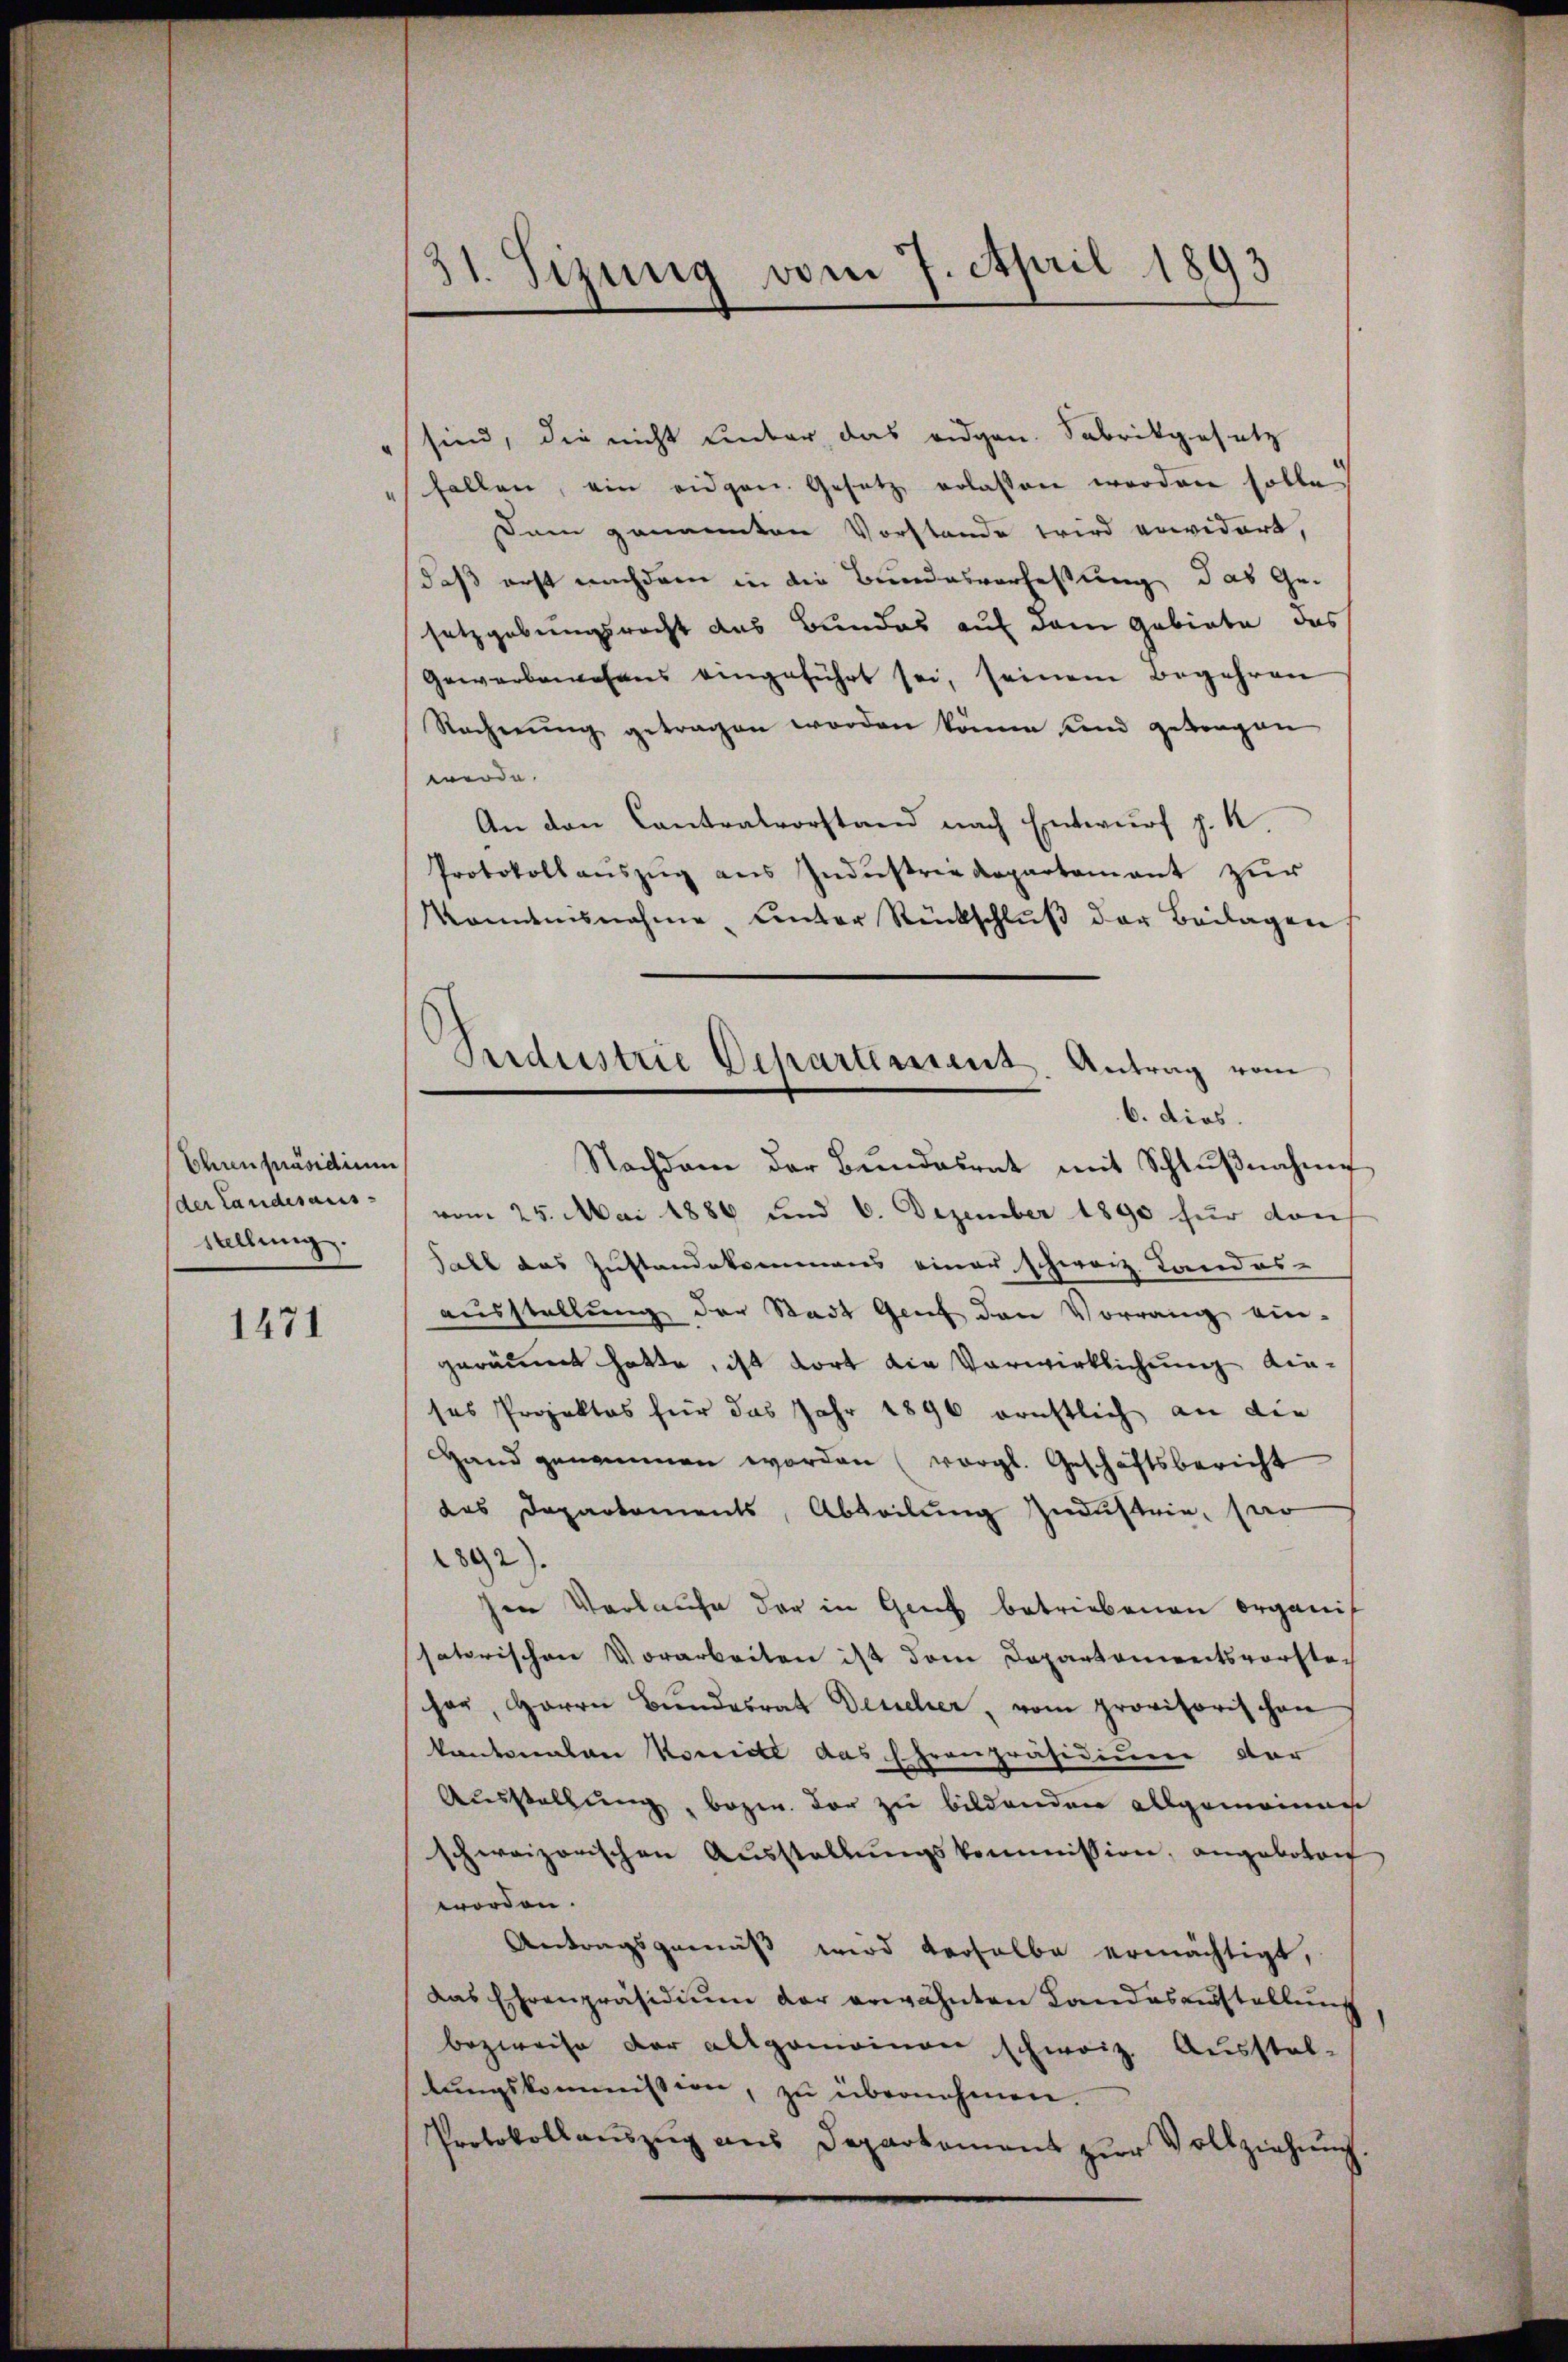
Ehren Präsidium
der Landesausstellung.

1471

31. Sizung vom 7. April 1893

sind, die nicht ember das eidgen. Fabrikgesetz
fallen, ein eidgen. Gesetz erlassen worden solle
Dem genannten Vorstande wird voridert,
daß erst nachdem in die Bundesverfassung das Ge-
setzgebungsrecht das Bundes auf dem Gebiete, das
Gewerbenesens eingeführt sei, seinem Begehren
Rechnŭng getragen worden könne und getragen
werde.
An den Cantralvorstand nach Entwurf p. K.
Protokollaŭszŭg aŭs Industriekopartamant zur
konntnisnahme, unter Rückschlŭβ der Beilagen.
Nachdem der Bŭndesrat mit Schlŭβnahme
vom 25. Mai 1886 und 6. Dezember 1890 für dan
Fall das Zustandekommens einer schwarz. Landes-
ausstellung der Stadt Genf den Vorrang ein-
geräumt hatte, ist dort die Verwirklichung dieses Projektes für das Jahr 1890 ernstlich an die
Hand genommen worden (vergl. Geschäftsbericht
das Departements, Abteilung Industrie, sar
2892).
sen Verlaufe der in Genf betriebenen Organis
satorischen Vorarbeiten ist dem Departenweitsvorsteher, Herrn Bŭndesrat Deucher, vom provisorischen
kantonalen koncill das heranpräsidium dar
Ausstellung, bezw. vor zu bildenden allgemeinen
schweizerischen Aŭsstellŭngskommission, angebotent
worden.
Antragsgemäß wird derselbe ermächtigt,
das Ehrenpräsidium der erwähnten Landesausstellung
bezweife der allgemeinen schweiz. Ausstel-
lungskommission, zu übernehmen.
Protokollanzŭg ans Departement zŭr Vollziehŭng.

Industrie Departanent. Antrag vom
6. dies.